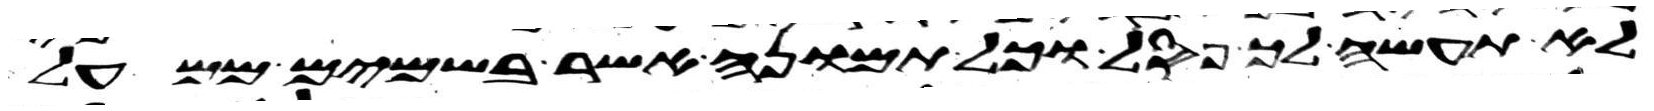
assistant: לא תעשה לך פסל וכל תמונה אשר בשמים ממעל